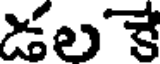
డలకే